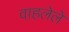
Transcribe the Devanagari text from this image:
वाहलेले